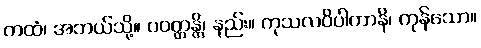
ကထံ၊ အဘယ်သို့။ ပဝတ္တန္တိ၊ နည်း။ ကုသလဝိပါကာနိ၊ ကုန်သော။